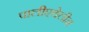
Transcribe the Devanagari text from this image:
पालीएथेलीन